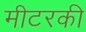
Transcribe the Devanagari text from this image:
मीटरकी